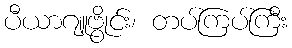
ပီယာဂျူဗွိုင်း၊ တပ်ကြပ်ကြီး